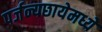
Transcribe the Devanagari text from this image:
पर्जन्यछायेमध्ये